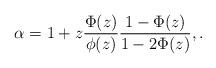
LaTeX: \begin{align*}\alpha=1+z\frac{\Phi(z)}{\phi(z)} \frac{1-\Phi(z)}{1-2\Phi(z)},.\end{align*}